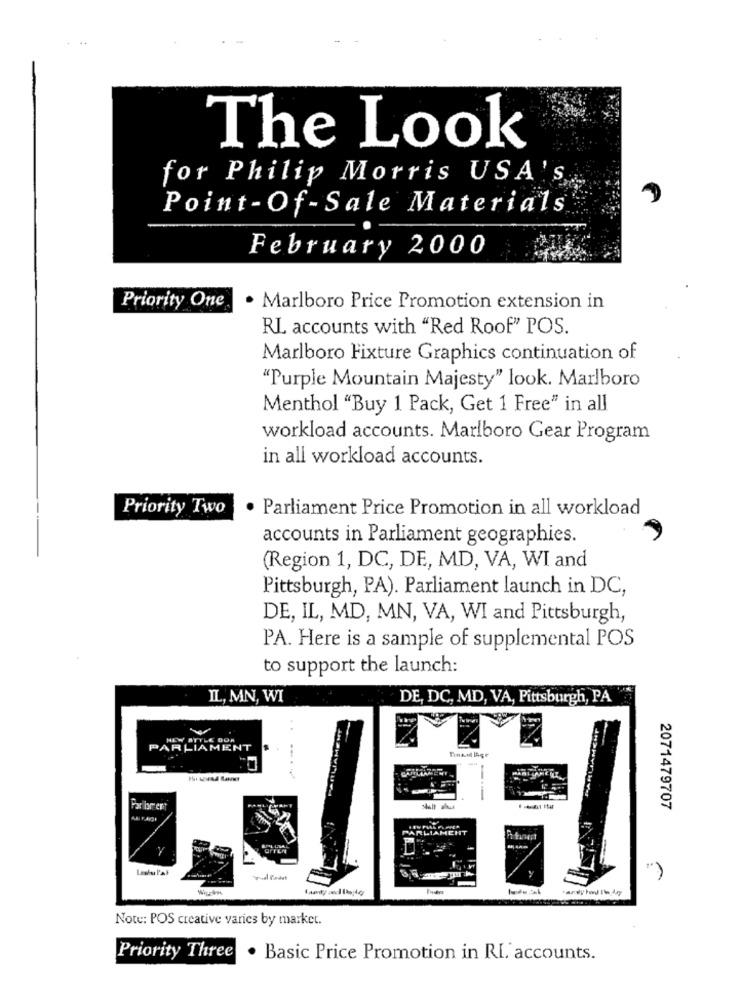
The Look
for Philip Morris USA's ...
Point- Of -Sale Materials
February 2000
Priority One
· Marlboro Price Promotion extension in
RL accounts with "Red Roof" POS.
Marlboro Fixture Graphics continuation of
"Purple Mountain Majesty" look. Marlboro
Menthol "Buy 1 Pack, Get 1 Free" in all
workload accounts. Marlboro Gear Program
in all workload accounts.
Priority Two
Parliament Price Promotion in all workload
accounts in Parliament geographies.
(Region 1, DC, DE, MD, VA, WI and
Pittsburgh, PA). Parliament launch in DC,
DE, IL, MD, MN, VA, WI and Pittsburgh,
PA. Here is a sample of supplemental POS
to support the launch:
IL, MN, WI
DE, DC, MD, VA, Pittsburgh, PA
HEW ATTLE DOR
LIAMENT
.....
Far brent
2071479707
PARLIAMENT
Louis l'at
Hardly Pod l'ho by
Note: POS creative varics by market.
Priority Three
. Basic Price Promotion in RI. accounts.